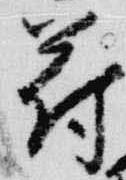
符